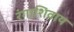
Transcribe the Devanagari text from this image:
रंगाशिवाय